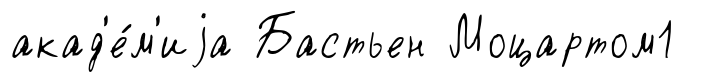
акад'е́м'иjа Бастьен Моцартом1